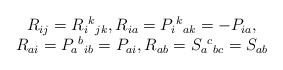
\begin{align*}\begin{array}{c}R_{ij}=R_i{}^k{}_{jk},R_{ia}=P_i{}^k{}_{ak}=-P_{ia}, \\ R_{ai}=P_a{}^b{}_{ib}=P_{ai},R_{ab}=S_a{}^c{}_{bc}=S_{ab} \end{array}\end{align*}